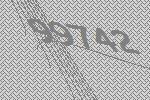
99742